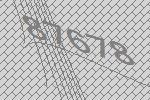
87678